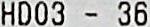
HD03 - 36